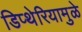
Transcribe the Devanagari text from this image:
डिप्थेरियामुळे